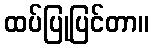
ထပ်ပြုပြင်တာ။